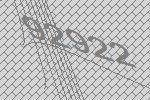
92922